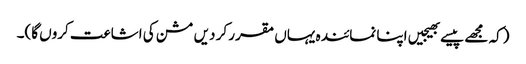
(کہ مجھے پیسے بھیجیں اپنا نمائندہ یہاں مقرر کر دیں مشن کی اشاعت کروں گا)۔